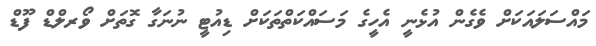
މައްސަލައަކަށް ވެގެން އުޅެނީ އެހީގެ މަސައްކަތްތަކަށް ޑިއުޓީ ނުނަގާ ގޮތަށް ވޯރލްޑް ފޫޑް